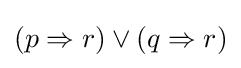
(p\Rightarrow r)\lor (q\Rightarrow r)